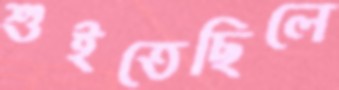
শুইতেছিলে